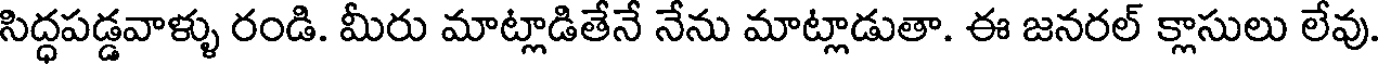
సిద్ధపడ్డవాళ్ళు రండి. మీరు మాట్లాడితేనే నేను మాట్లాడుతా. ఈ జనరల్ క్లాసులు లేవు